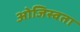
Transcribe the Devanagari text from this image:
ओजिस्वता